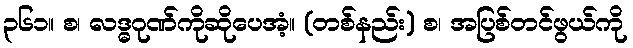
၃၆၁။ စ၊ လဒ္ဓဂုဏ်ကိုဆိုပေအံ့။ (တစ်နည်း) စ၊ အပြစ်တင်ဖွယ်ကို